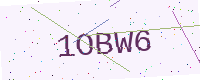
Text: 1OBW6